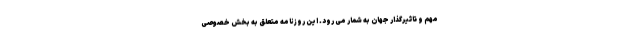
مهم و تاثیرگذار جهان به شمار می رود. این روزنامه متعلق به بخش خصوصی